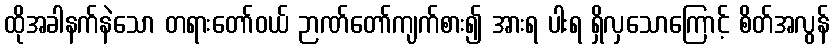
ထိုအခါနက်နဲသော တရားတော်ဝယ် ဉာဏ်တော်ကျက်စား၍ အားရ ပါးရ ရှိလှသောကြောင့် စိတ်အလွန်